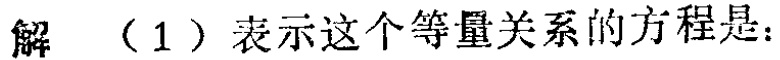
解 （1）表示这个等量关系的方程是：